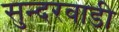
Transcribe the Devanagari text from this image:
सुन्दरवाडी